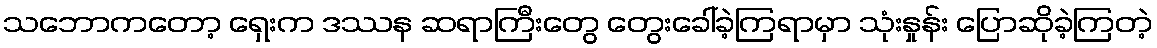
သဘောကတော့ ရှေးက ဒဿန ဆရာကြီးတွေ တွေးခေါ်ခဲ့ကြရာမှာ သုံးနှုန်း ပြောဆိုခဲ့ကြတဲ့